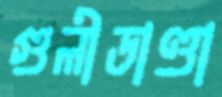
গুলীডাণ্ডা